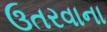
ઉતરવાના